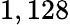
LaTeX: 1,128